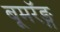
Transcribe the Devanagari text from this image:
बूमरॅङ्ग